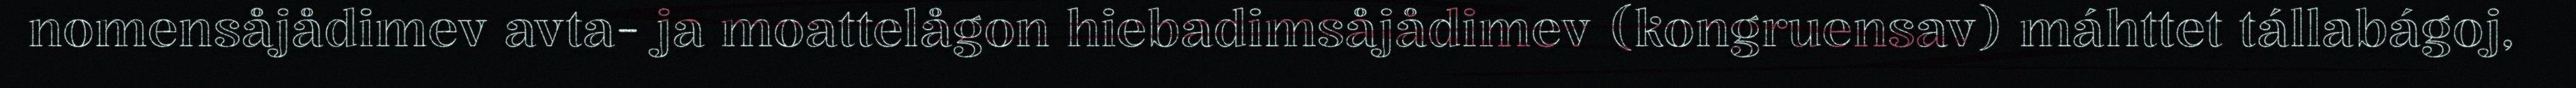
nomensåjådimev avta- ja moattelågon hiebadimsåjådimev (kongruensav) máhttet tállabágoj,